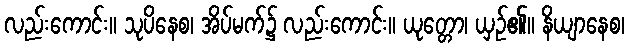
လည်းကောင်း။ သုပိနေစ၊ အိပ်မက်၌ လည်းကောင်း။ ယုတ္တော၊ ယှဉ်၏။ နိယျာနေစ၊